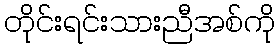
တိုင်းရင်းသားညီအစ်ကို